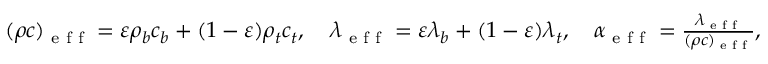
\begin{array} { r } { ( \rho c ) _ { \textrm { e f f } } = \varepsilon \rho _ { b } c _ { b } + ( 1 - \varepsilon ) \rho _ { t } c _ { t } , \quad \lambda _ { \textrm { e f f } } = \varepsilon \lambda _ { b } + ( 1 - \varepsilon ) \lambda _ { t } , \quad \alpha _ { \textrm { e f f } } = \frac { \lambda _ { \textrm { e f f } } } { ( \rho c ) _ { \textrm { e f f } } } , } \end{array}